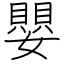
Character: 嬰